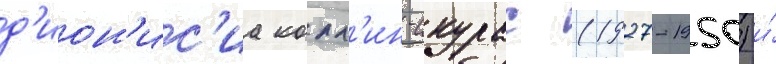
д'ион'ис'иа колл'ин-скурас (1927-1950) и́